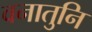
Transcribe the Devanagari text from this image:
वनातुनि